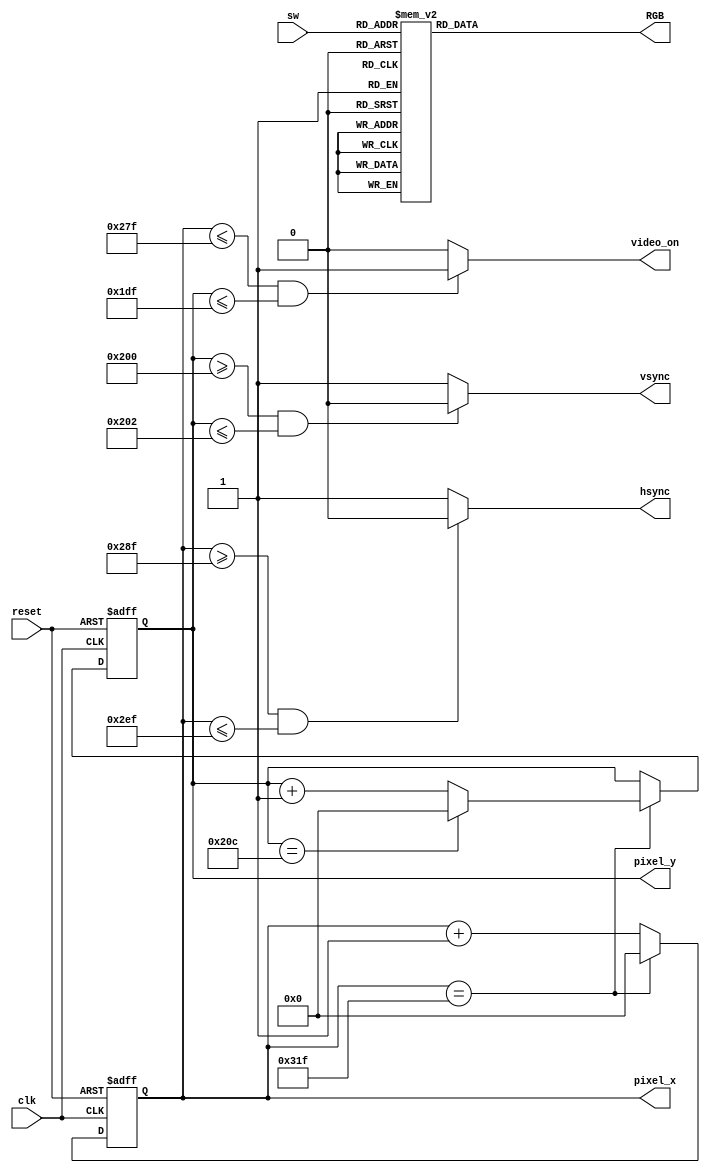
`timescale 1ns / 1ps
//////////////////////////////////////////////////////////////////////////////////
// Company: 
// 
// Design Name: 
// Module Name: VGA
// Project Name: 
// Target Devices: 
// Tool Versions: 
// Description: 
// 
// Dependencies: 
// 
// Revision:
// Revision 0.01 - File Created
// Additional Comments:
// 
//////////////////////////////////////////////////////////////////////////////////

// Project: Video Graphics Array
// Supervisor: DR.Tarek Haweel 
// Sutdent:Hamza Ali & Mostafa 

module VGA(
    input clk,                       // 25MHz
    input reset,                     //active low async
    input [2:0] sw,                  // switch input
    output reg hsync,vsync,video_on,
    output reg [2:0] RGB,              //output of color
    output reg[9:0] pixel_x, pixel_y   //counter
    );
    
  // video_on high within display area
  // hsync signal which high without retrace
  // vsync signal which high without retrace

    //counter in pixel_x line
     always@(posedge clk , negedge reset )begin   //async for reset 
        if(~reset)
            pixel_x <= 'b0;
        else if(pixel_x == 799)
            pixel_x <= 'b0;         
        else
            pixel_x <= pixel_x + 1;                  
     end
     
     //counter in pixel_y line
    always@(posedge clk , negedge reset )begin    //async for reset
         if(~reset)
             pixel_y <= 'b0;
         else begin 
             if(pixel_x == 799)
                     if(pixel_y == 524)
                      pixel_y <= 'b0;
                     else  
                     pixel_y <= pixel_y + 1; 
             else
              pixel_y <= pixel_y; 
         end 
      end
      
      //output signal hsync && vsync  && video_on
  always@(*)begin
  
     if(pixel_x >= 655 && pixel_x <= 751)
        hsync = 'b0;                       //retrace area
      else  
        hsync = 'b1;
       
     if (pixel_y >= 512 && pixel_y <= 514)
        vsync = 'b0;                        //retrace area
      else  
        vsync = 'b1;    
            
      if(pixel_x <= 639 && pixel_y <= 479)
        video_on = 'b1;                    //display area
      else
        video_on = 'b0;
 
	// RGB output based on switch value
        case (sw)
            3'b000: RGB = 3'b000; // Black
            3'b001: RGB = 3'b001; // Blue
            3'b010: RGB = 3'b010; // Green
            3'b011: RGB = 3'b011; // Cyan
            3'b100: RGB = 3'b100; // Red
            3'b101: RGB = 3'b101; // Magenta
            3'b110: RGB = 3'b110; // Yellow
            3'b111: RGB = 3'b111; // White
            default: RGB = 3'b000; // Default to Black
        endcase
      
      
     end
endmodule